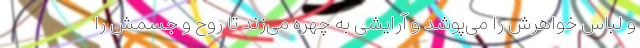
و لباس خواهرش را می‌پوشد و آرایشی به چهره می‌زند تا روح و جسمش را